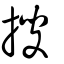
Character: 摉